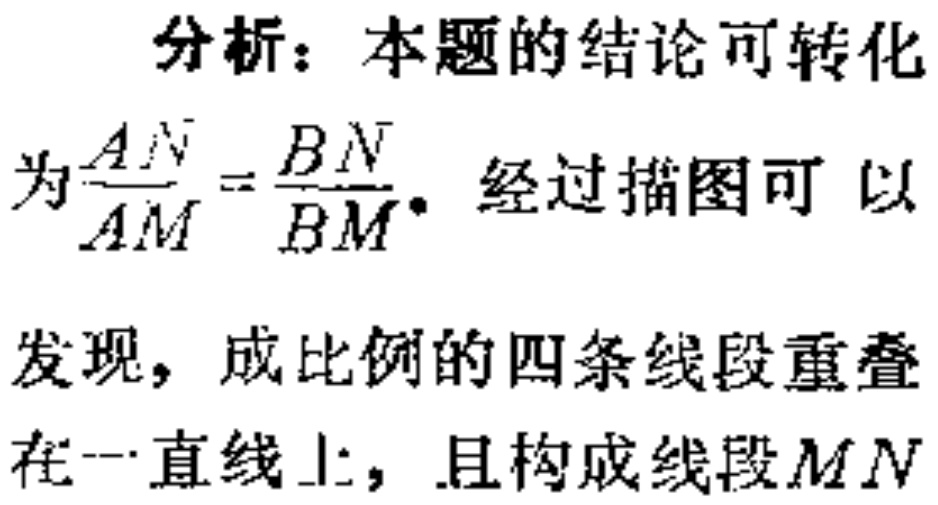
分析：本题的结论可转化
为$\frac{AN}{AM}=\frac{BN}{BM}$。经过描图可以
发现，成比例的四条线段重叠
在一直线上，且构成线段$MN$